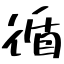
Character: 循